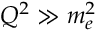
Q ^ { 2 } \gg m _ { e } ^ { 2 }